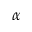
\alpha